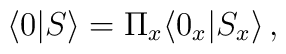
\langle 0|S\rangle =\Pi_x\langle 0_x|S_x\rangle\,,